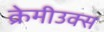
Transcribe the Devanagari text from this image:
क्रेमीउक्स